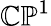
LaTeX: \mathbb{CP}^{1}